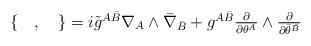
LaTeX: \begin{align*}\begin{array}{c}\{\quad,\quad\}=i{\tilde g}^{A\bar B}\nabla_A\wedge{\bar\nabla}_{\bar B}+g^{A\bar B}\frac{\partial}{\partial \theta^A}\wedge\frac{\partial}{\partial{\bar\theta}^{\bar B}}\end{array}\end{align*}